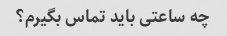
چه ساعتی باید تماس بگیرم؟